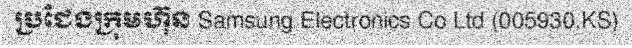
ប្រជែងក្រុមហ៊ុន Samsung Electronics Co Ltd (005930.KS)